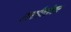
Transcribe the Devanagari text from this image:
राशीवडेकर